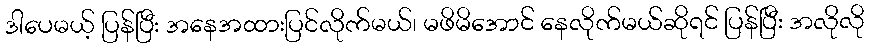
ဒါပေမယ့် ပြန်ပြီး အနေအထားပြင်လိုက်မယ်၊ မဖိမိအောင် နေလိုက်မယ်ဆိုရင် ပြန်ပြီး အလိုလို